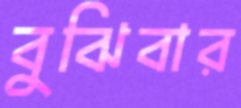
বুঝিবার